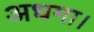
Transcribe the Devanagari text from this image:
अधमा।